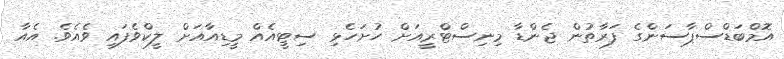
އޮމްބަޑްސްޕާސަންގެ ފަރާތުން ޖެންޑާ މިނިސްޓްރީއަށް ހުށަހެޅި ސިޓީއެއް މީޑިއާއަށް ލީކްވެފައި ވެއެވެ. އެއާ